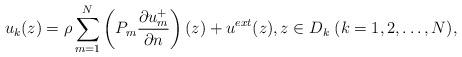
LaTeX: \begin{align*} u_k(z) = \rho \sum_{m=1}^N \left(P_m \frac{\partial u_m^+}{\partial n} \right) (z)+ u^{ext}(z), z \in D_k\; (k=1,2,\ldots,N), \end{align*}